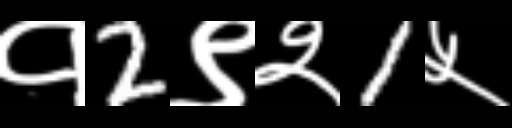
Text: १2९२1५